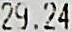
29.24